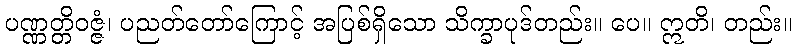
ပဏ္ဏတ္တိဝဇ္ဇံ၊ ပညတ်တော်ကြောင့် အပြစ်ရှိသော သိက္ခာပုဒ်တည်း။ ပေ။ ဣတိ၊ တည်း။